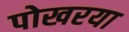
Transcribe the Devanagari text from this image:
पोखरया